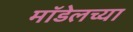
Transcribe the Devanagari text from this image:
मॉडेलच्या